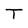
Character: T